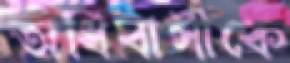
অধিবাসীকে